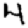
Digit: 4